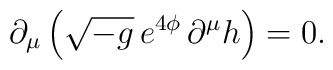
\partial_{\mu} \left( \sqrt{-g} \, e^{4\phi} \, \partial^\mu h \right) = 0.